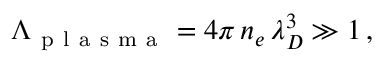
\Lambda _ { \mathrm { ~ p ~ l ~ a ~ s ~ m ~ a ~ } } = 4 \pi \, n _ { e } \, \lambda _ { D } ^ { 3 } \gg 1 \, ,